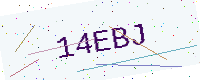
Text: 14EBJ